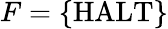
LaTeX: F=\{ {\mathrm{HALT}}\}